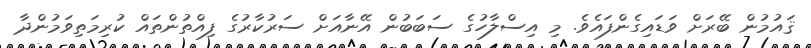
ޤައުމުން ބޭރަށް ވަޑައިގެންފައެވެ. މި އިސްލާހުގެ ސަބަބުން އޭނާއަށް ސަރުކާރުގެ ފިއްތުންތައް ކުރިމަތިވަމުންދާ